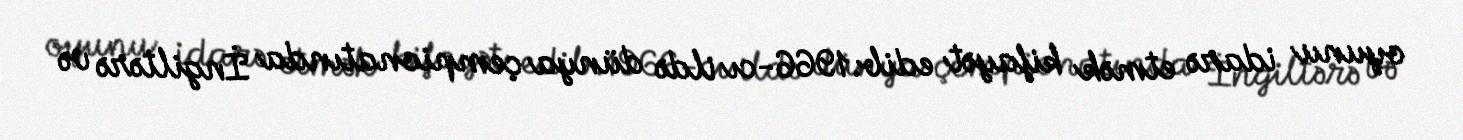
oyunu idarə etmək kifayət edib.1966-cı ildə dünya çempionatında İngiltərə və